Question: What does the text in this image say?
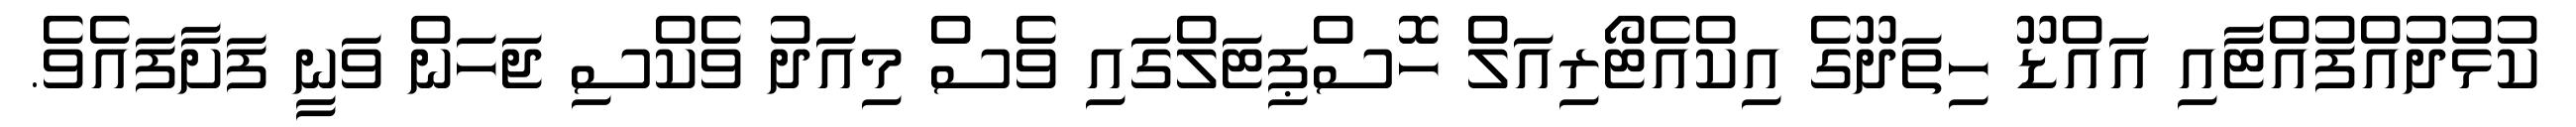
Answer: ކުޅުދުއްފުއްޓާއި އައްޑޫ ހިތަދޫގެ އިކްއެޓޯރިއަލް ހޮސްޕިޓަލްގައި ވެސް މިއަދު ވެކްސި ޖަހަން ވަނީ ފަށާފައެވެ.